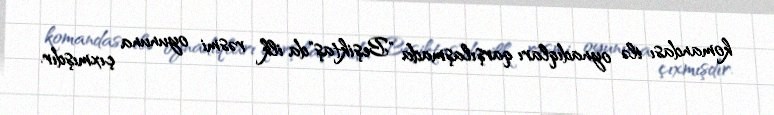
komandası ilə oynadıqları qarşılaşmada "Beşiktaş"da ilk rəsmi oyununa çıxmışdır.